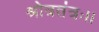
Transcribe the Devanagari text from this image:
श्रोत्रतंत्रः।।